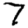
Digit: 7